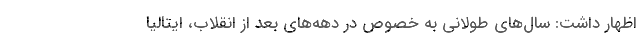
اظهار داشت: سال‌های طولانی به خصوص در دهه‌های بعد از انقلاب، ایتالیا